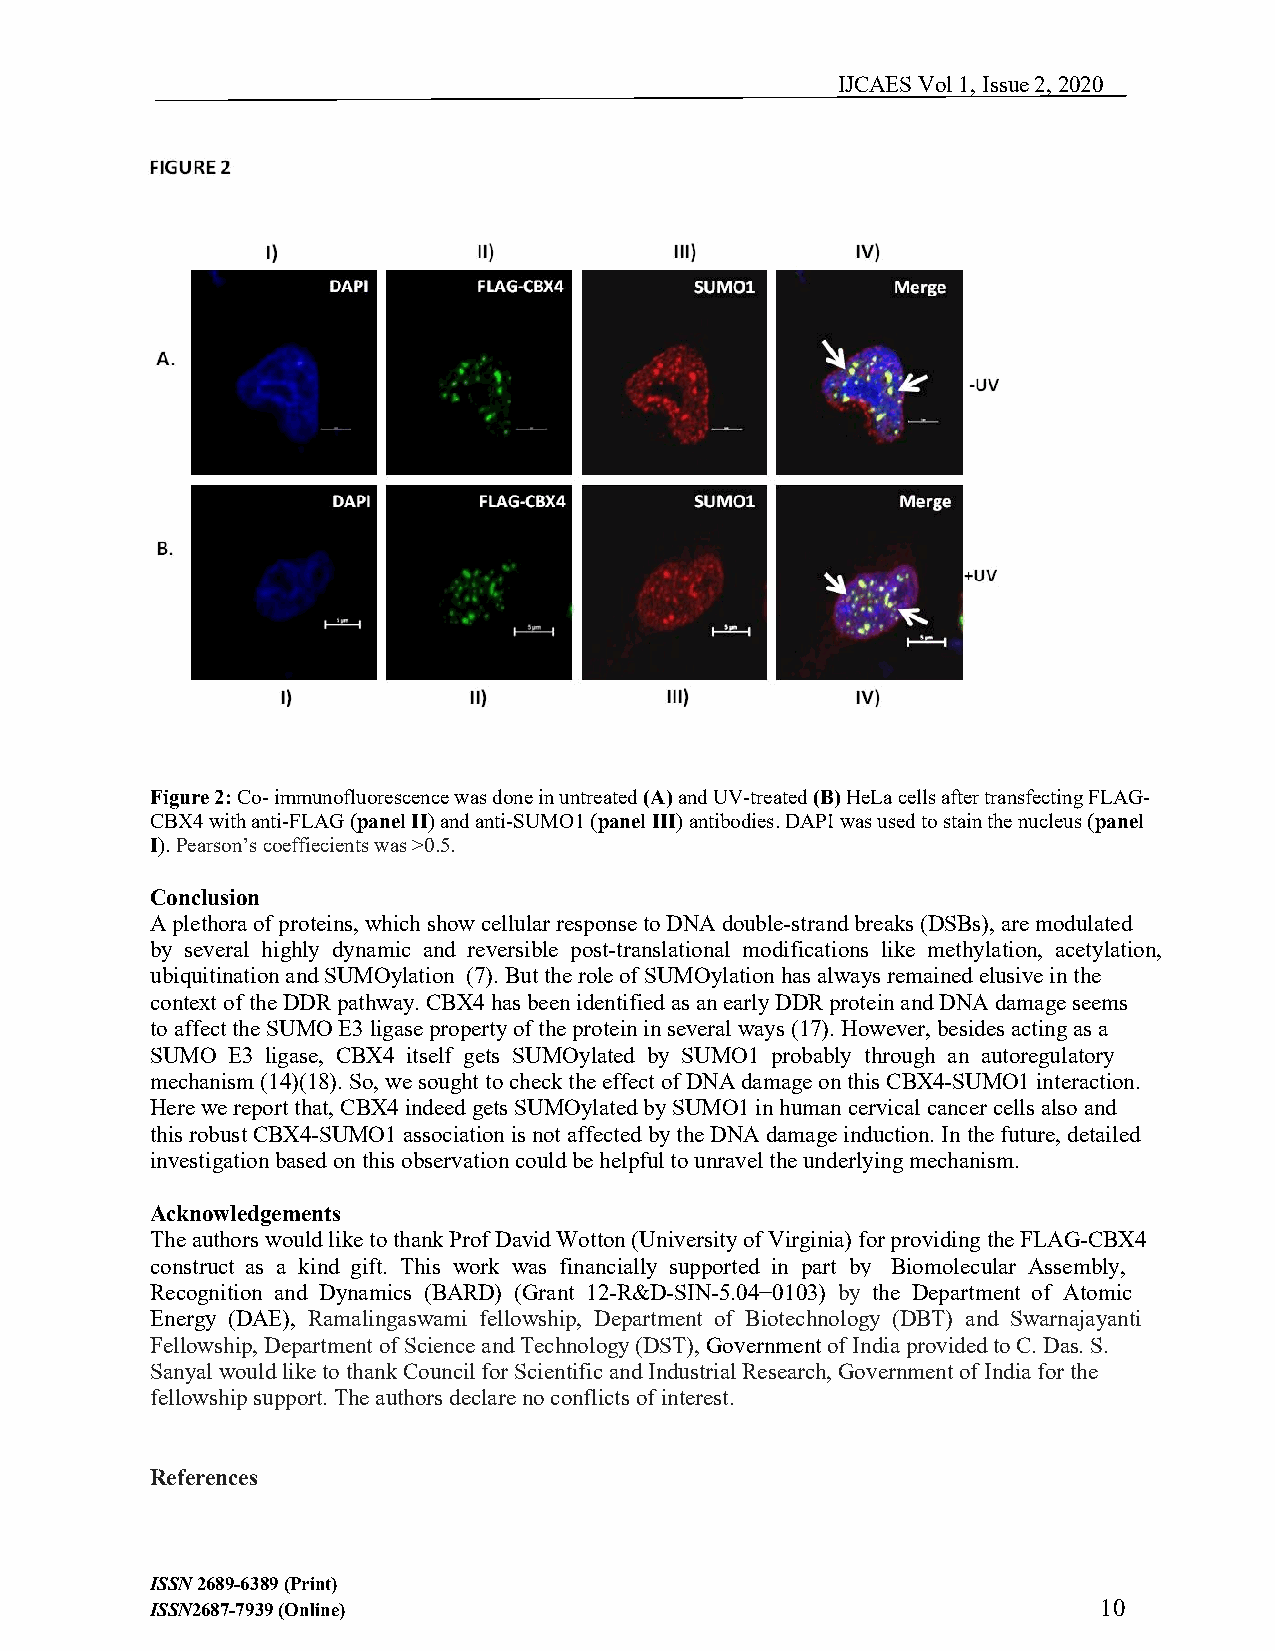
IJCAES Vol 1, Issue 2, 2020
 Figure 2: Co- immunofluorescence was done in untreated (A) and UV-treated (B) HeLa cells after transfecting FLAG-
 CBX4 with anti-FLAG (panel II) and anti-SUMO1 (panel III) antibodies. DAPI was used to stain the nucleus (panel
 I). Pearson’s coeffiecients was >0.5.
 Conclusion
 A plethora of proteins, which show cellular response to DNA double-strand breaks (DSBs), are modulated
 by several highly dynamic and reversible post-translational modifications like methylation, acetylation,
 ubiquitination and SUMOylation (7). But the role of SUMOylation has always remained elusive in the
 context of the DDR pathway. CBX4 has been identified as an early DDR protein and DNA damage seems
 to affect the SUMO E3 ligase property of the protein in several ways (17). However, besides acting as a
 SUMO E3 ligase, CBX4 itself gets SUMOylated by SUMO1 probably through an autoregulatory
 mechanism (14)(18). So, we sought to check the effect of DNA damage on this CBX4-SUMO1 interaction.
 Here we report that, CBX4 indeed gets SUMOylated by SUMO1 in human cervical cancer cells also and
 this robust CBX4-SUMO1 association is not affected by the DNA damage induction. In the future, detailed
 investigation based on this observation could be helpful to unravel the underlying mechanism.
 Acknowledgements
 The authors would like to thank Prof David Wotton (University of Virginia) for providing the FLAG-CBX4
 construct as a kind gift. This work was financially supported in part by Biomolecular Assembly,
 Recognition and Dynamics (BARD) (Grant 12-R&D-SIN-5.04−0103) by the Department of Atomic
 Energy (DAE), Ramalingaswami fellowship, Department of Biotechnology (DBT) and Swarnajayanti
 Fellowship, Department of Science and Technology (DST), Government of India provided to C. Das. S.
 Sanyal would like to thank Council for Scientific and Industrial Research, Government of India for the
 fellowship support. The authors declare no conflicts of interest.
 References
 ISSN 2689-6389 (Print)
 ISSN2687-7939 (Online)                                         1 0